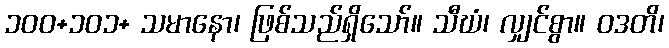
၁၀၀+၁၀၁+ သမာနော၊ ဖြစ်သည်ရှိသော်။ သီဃံ၊ လျှင်စွာ။ ဝဒတိ၊